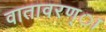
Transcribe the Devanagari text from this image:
वातावरण्ा